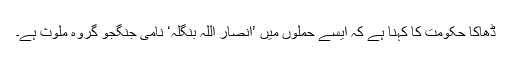
ڈھاکا حکومت کا کہنا ہے کہ ایسے حملوں میں ’انصار اللہ بنگلہ‘ نامی جنگجو گروہ ملوث ہے۔